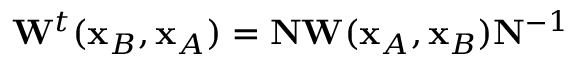
\begin{array} { r } { { \bf W } ^ { t } ( { \bf x } _ { B } , { \bf x } _ { A } ) = { \bf N } { \bf W } ( { \bf x } _ { A } , { \bf x } _ { B } ) { \bf N } ^ { - 1 } } \end{array}